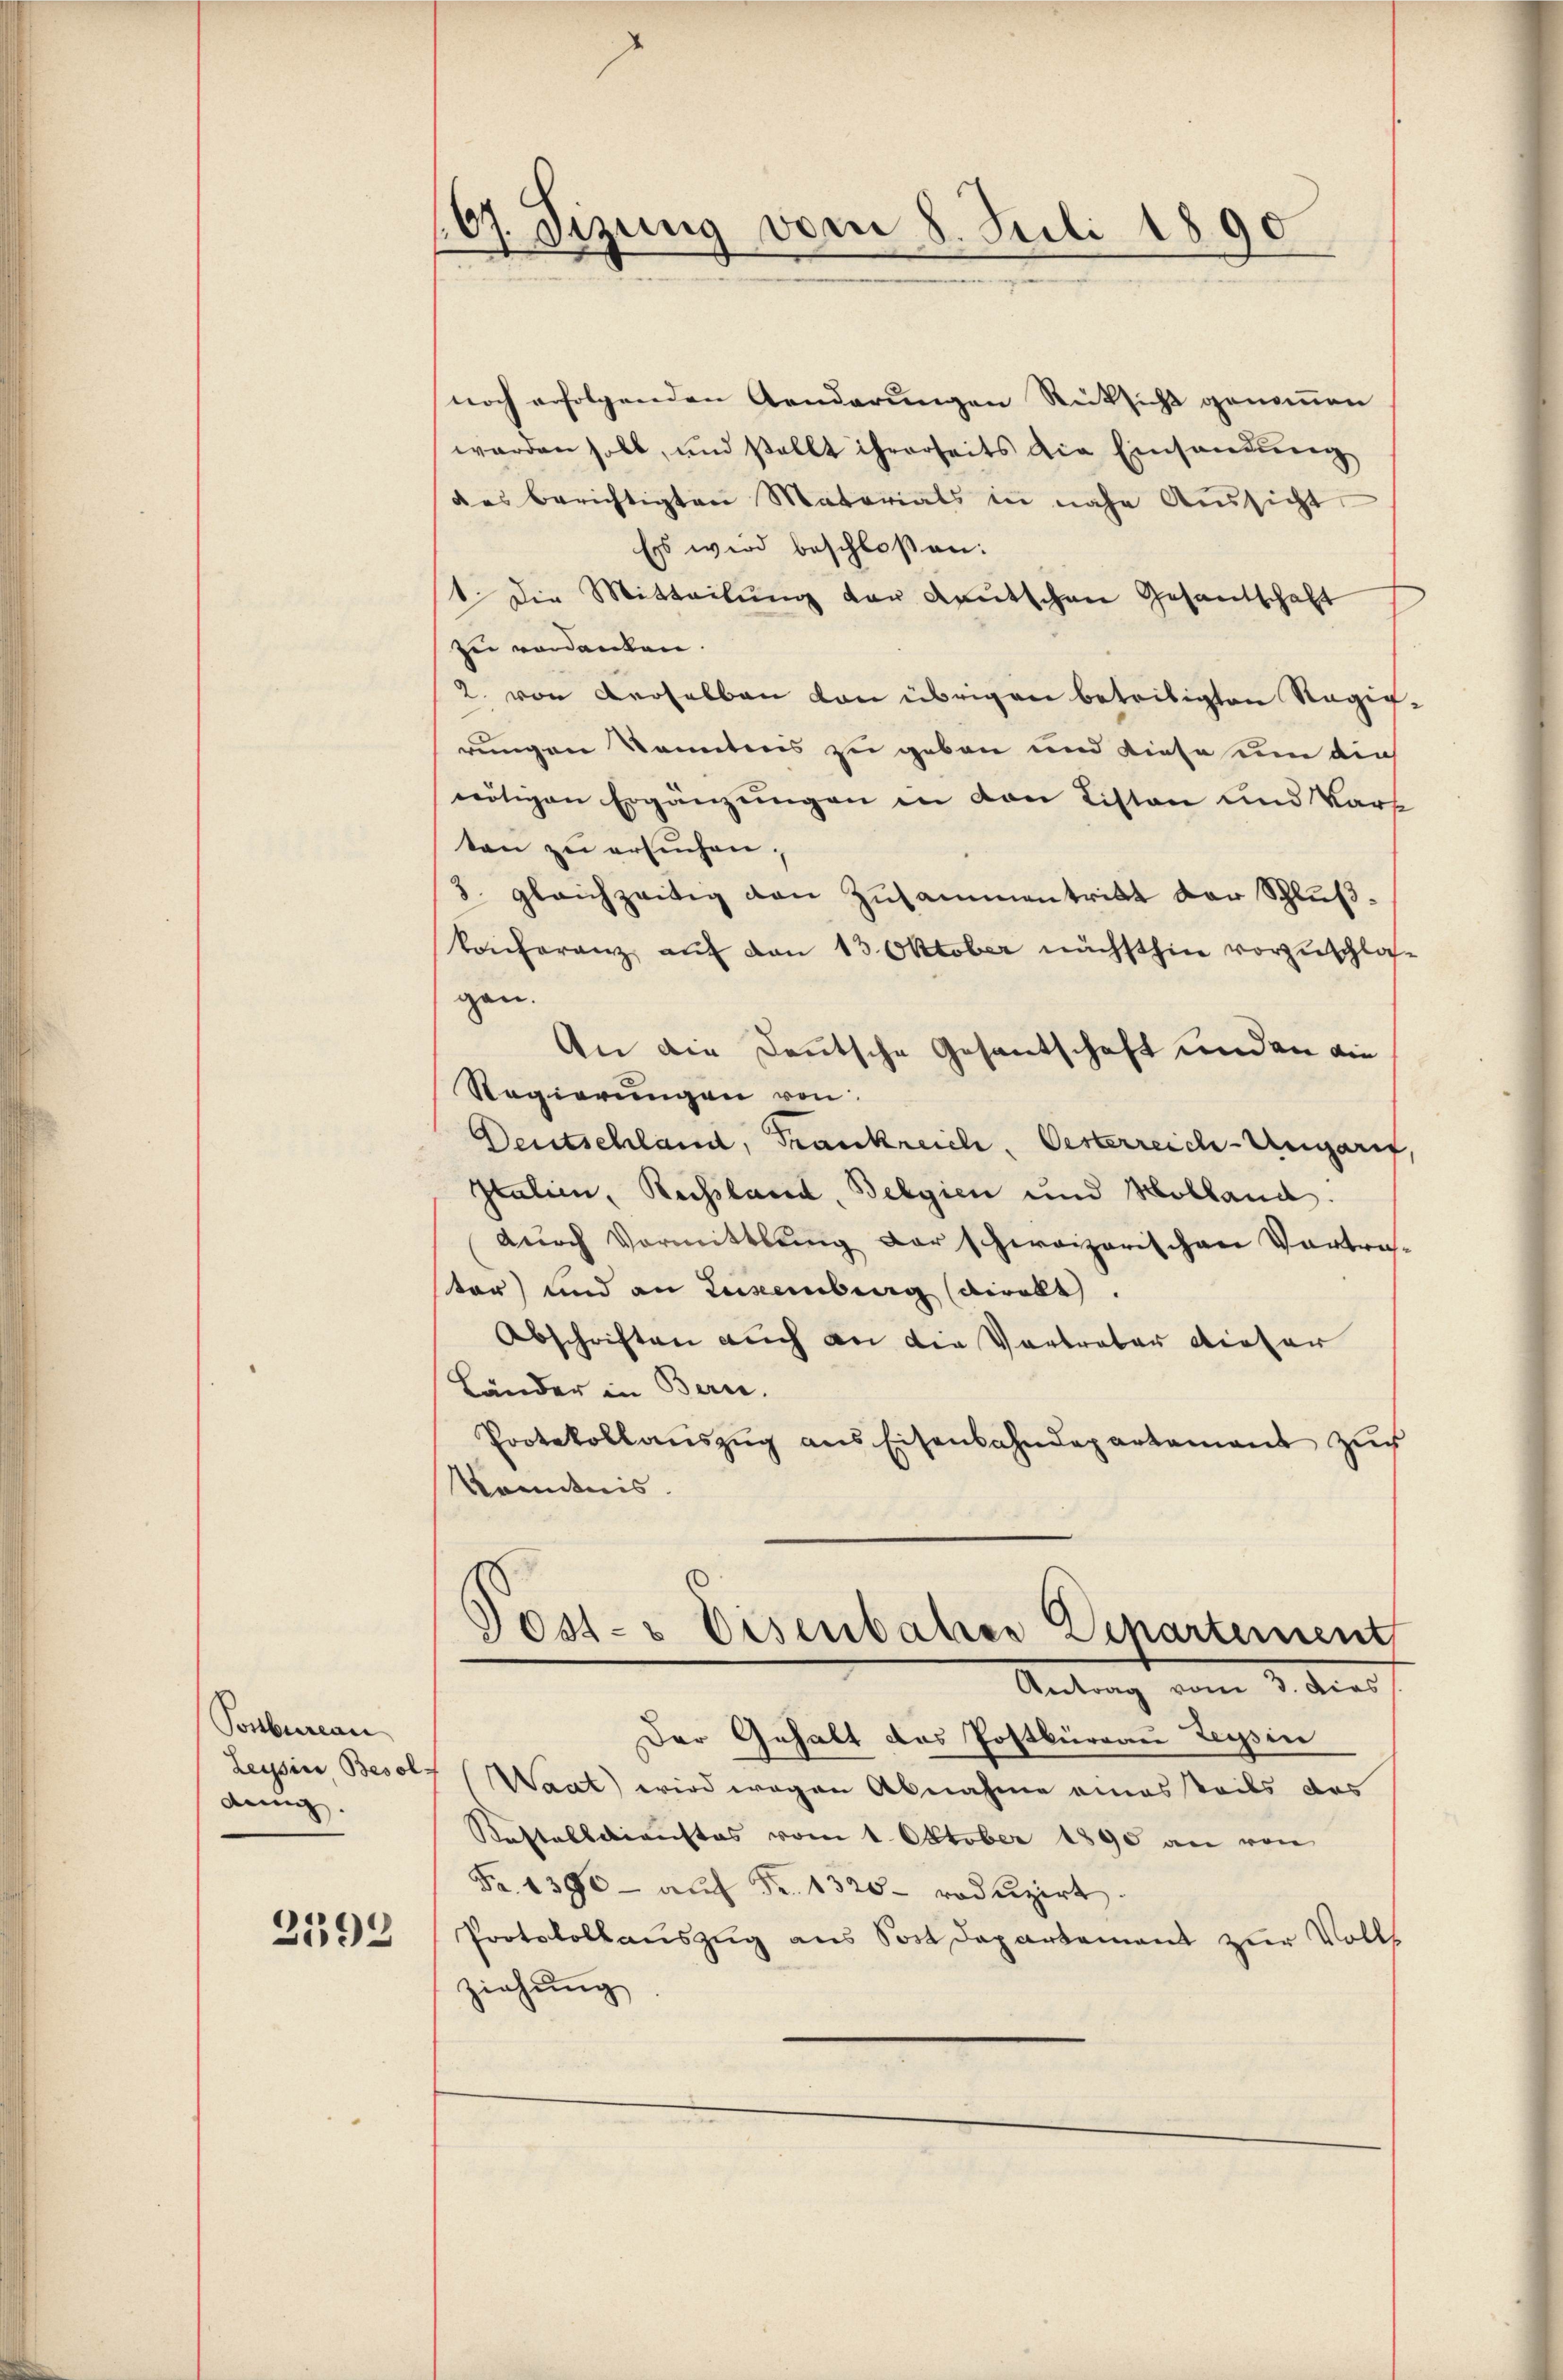
Posbureau
Leysine Besol
denig.

2592

(67. Sizung vom 8. Juli 1890

noch erfolgenden Aenderungen Rücksicht genommen
werden soll, und stellt ihrerseits die Einsendung
des berichtigten Materials in nahe Aussicht
Ess wird beschloßen:
1 die Mitteilŭng der Kautschen Gesantschaft
zu verdenten.
2. von derselben von übrigen betreitigten Regie
rungen konntens zu geben und diese um dies
nötigen Ergänzungen in den Listen und Karsten zu ersuchen,
3 gleichzeitig den Zusammentritt der Schlußkonferenz auf den 13. Oktober nächsthin vorzuschlasgen.
An die Deutsche Gesantschaft und an die
Regierungen von
Deutschland, Frankreich, Oesterreich-Ungarf,
Italien, Russland, Belgien und Kolland.
dŭrch Vormittlung der schweizerischen Vortrater) und an Luxenburg direkt.
Abschriften auch an die Vortreter dieser
Länder in Bern.
Protokollaŭszŭg ans Eisenbahndepartament zŭr
Kenntnis.
Jost- & Eisenbahrer Departement
Antrag vom 3. dens
Der Gehalt das Postbürgau Leysin
7 (Waat wird wegen Abnahme eines teils das
Kastelldienstes vom 1. Oktober 1890 an von
Fr. 1390 - auf Fr. 1320- roduzirt
Protokollauszug aus Sost Departement zur Volls
ziehŭng